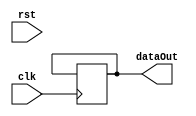
module knightRider(clk, rst, dataOut);

input clk, rst;
output reg [7:0] dataOut;

reg [25:0] counter, counterNext;
reg [ 7:0] dataOutNext;
reg  flag,flagNext;

parameter COUNT = 26'h3FFFFFF;

// registers
always @(posedge clk) begin
	counter <=  counterNext;
	dataOut <=  dataOutNext;
	flag <=  flagNext;
end

always @(*) begin
	dataOutNext = dataOut;
	counterNext = counter;
	flagNext = flag;
	if(rst) begin
		//WRITE YOUR CODE HERE (3 Lines)
		
		
		
	end
	else if(counter == COUNT -1) begin
		//WRITE YOUR CODE HERE (as many lines as necessary)
		
		
		
	end
	else begin
		counterNext = counter +1;
	end
end

endmodule